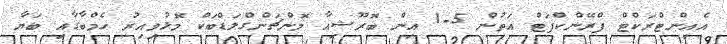
އެއިންޓްރަކްޓް ފްރޭންކްފަޓް އަތުން 5-1 އިން ބޮރޫޝިއާ މޮންޗަންގްލަޑްބަކް މޮޅުވިއިރު ހެމްބާގާއި ބަޔާ